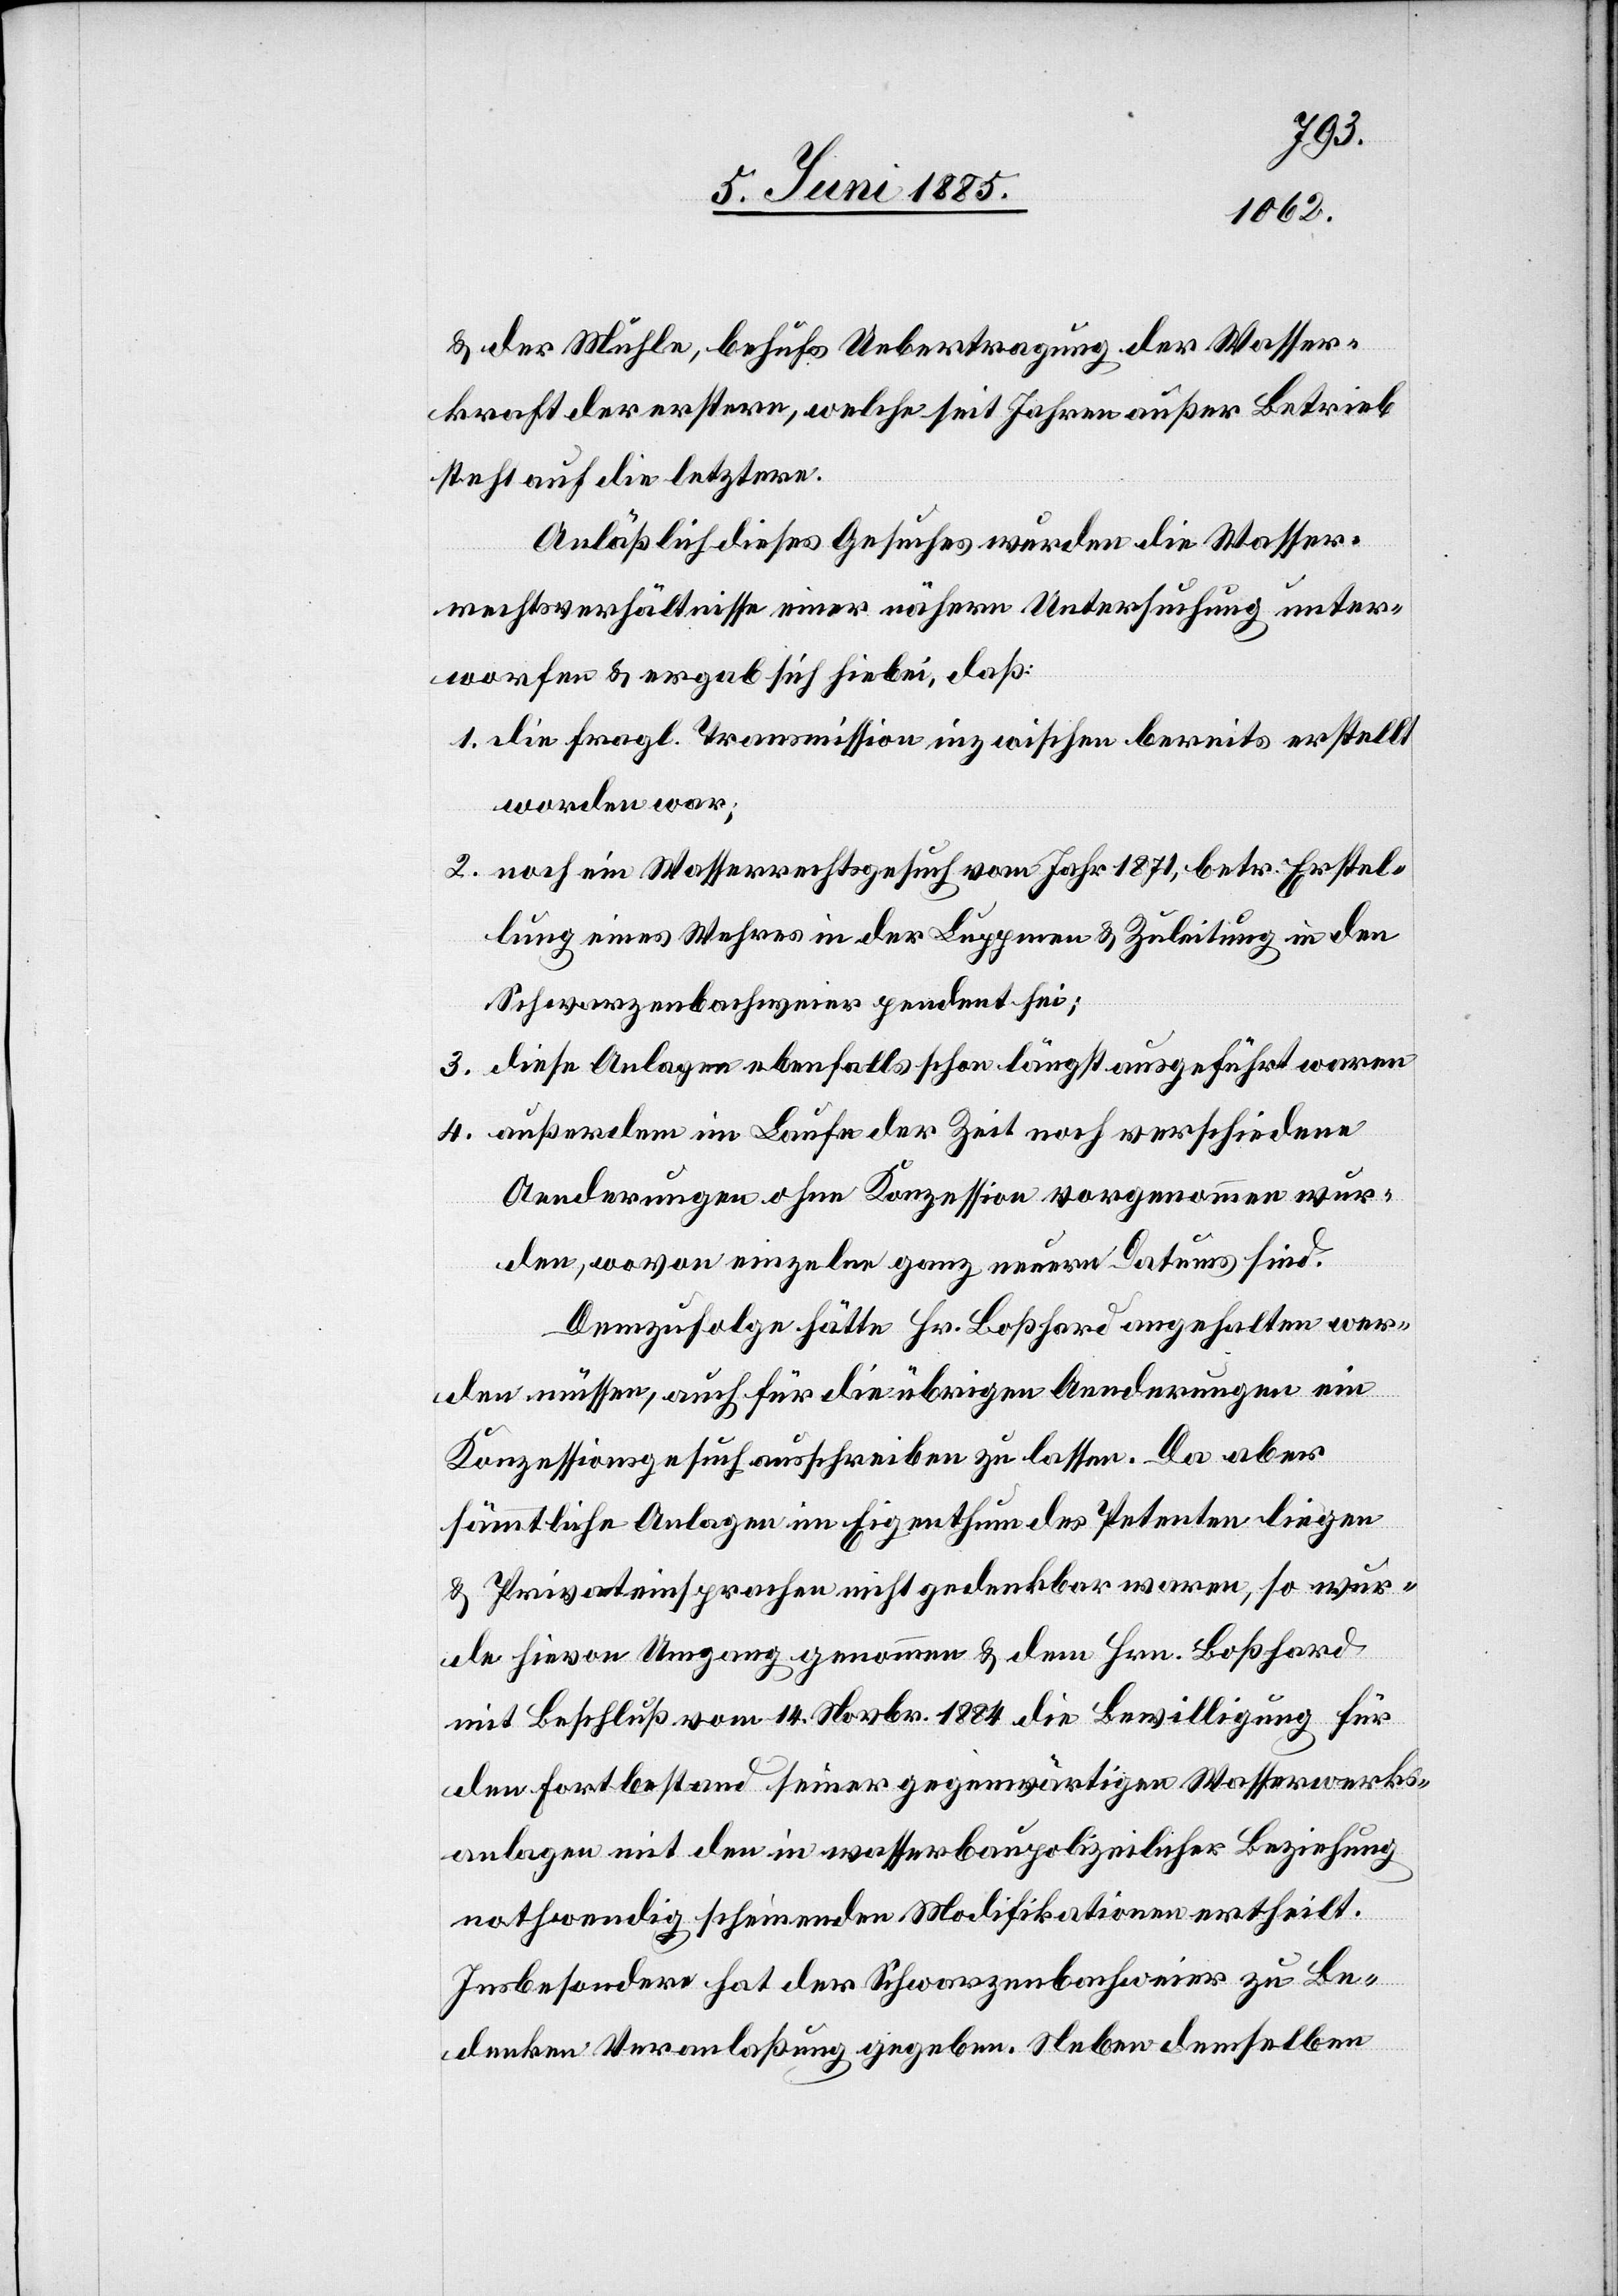
& der Mühle, behufs Uebertragung der Wasser¬
kraft der erstern, welche seit Jahren außer Betrieb
steht auf die letztere.
Anläßlich dieses Gesuches wurden die Wasser¬
rechtsverhältnisse einer nähern Untersuchung unter¬
worfen & ergab sich hiebei, daß:
1. die fragl. Transmission inzwischen bereits erstellt
worden war;
2. noch ein Wasserrechtsgesuch vom Jahr 1871, betr. Erstel¬
lung eines Wehres in der Luppmen & Zuleitung in den
Schwarzenbachweier pendent sei;
3. diese Anlagen ebenfalls schon längst ausgeführt waren;
4. außerdem im Laufe der Zeit noch verschiedene
Aenderungen ohne Konzession vorgenommen wur¬
den, wovon einzelne ganz neuem Datums sind.
Demzufolge hätte Hr. Boßhard angehalten wer¬
den müssen, auch für die übrigen Aenderungen ein
Konzessionsgesuch ausschreiben zu lassen. Da aber
sämmtliche Anlagen im Eigenthum des Petenten liegen
& Privateinsprachen nicht gedenkbar waren, so wur¬
de hievon Umgang genommen & dem Hrn. Boßhard
mit Beschluß vom 4. Novbr. 1884 die Bewilligung für
den Fortbestand seiner gegenwärtigen Wasserwerks¬
anlagen mit den in wasserbaupolizeilicher Beziehung
nothwendig scheinenden Modifikationen ertheilt.
Insbesondere hat der Schwarzenbachweier zu Be¬
denken Veranlaßung gegeben. Neben demselben